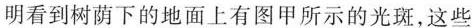
明看到树荫下的地面上有图甲所示的光斑，这些